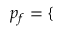
\begin{array} { r } { p _ { f } = \left\{ \begin{array} { r l r l } \end{array} \right. } \end{array}